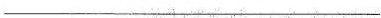
___